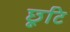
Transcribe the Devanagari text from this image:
छूटि